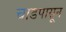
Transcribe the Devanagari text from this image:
चाडपासून